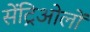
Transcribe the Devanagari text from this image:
सेंट्रिओलों